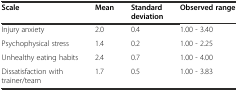
| Scale | Mean | Standard deviation | Observed range |
 | --- | --- | --- | --- |
 | Injury anxiety | 2.0 | 0.4 | 1.00 - 3.40 |
 | Psychophysical stress | 1.4 | 0.2 | 1.00 - 2.25 |
 | Unhealthy eating habits | 2.4 | 0.7 | 1.00 - 4.00 |
 | Dissatisfaction with trainer/team | 1.7 | 0.5 | 1.00 - 3.83 |